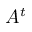
A ^ { t }